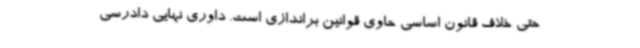
حتی خلاف قانون اساسی حاوی قوانین براندازی است. داوری نهایی دادرسی